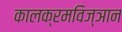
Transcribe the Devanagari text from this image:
कालक्रमविज्ञान